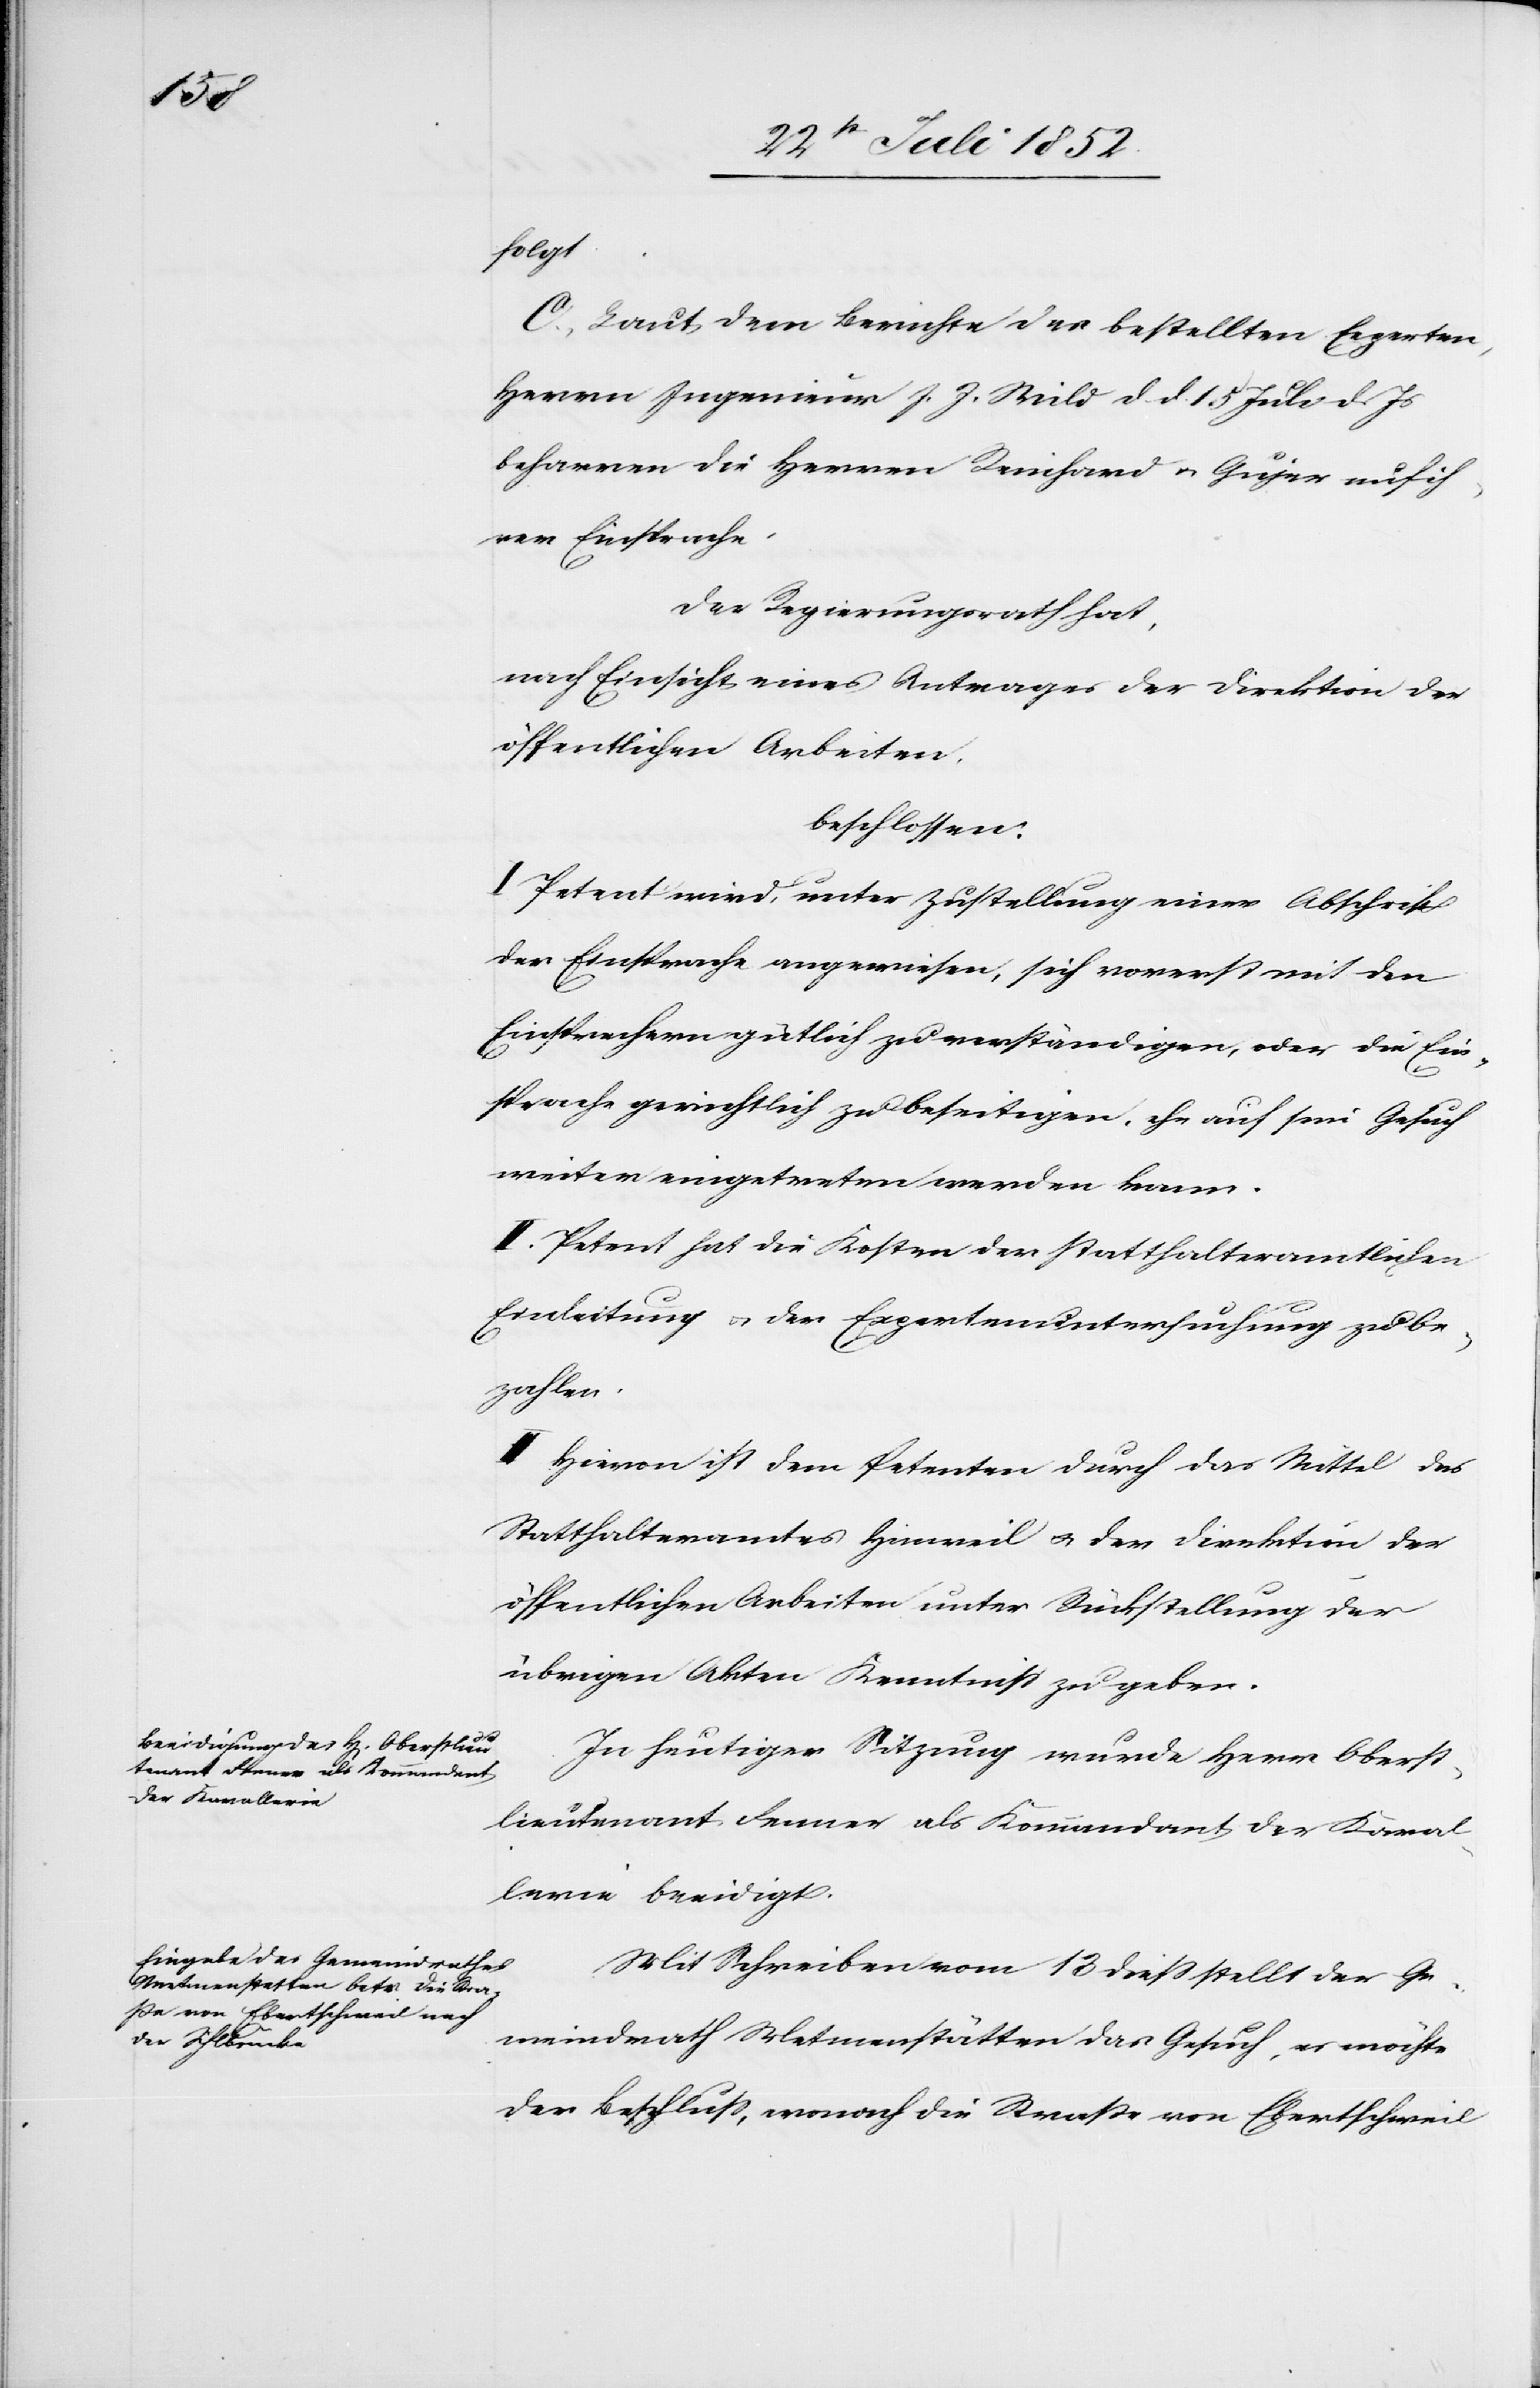
folgt.
C, Laut dem Berichte des bestellten Experten,
Herrn Ingenieur J. J. Wild d d. 15 Juli d. Js
beharren die Herren Reinhard [sic!] & Gujer auf ih¬
rer Einsprache.
Der Regierungsrath hat,
nach Einsicht eines Antrages der Direktion der
öffentlichen Arbeiten,
beschlossen:
I Petent wird, unter Zustellung einer Abschrift
der Einsprache angewiesen, sich vorerst mit den
Einsprechern gütlich zu verständigen, oder die Ein¬
sprache gerichtlich zu beseitigen, ehe auf sein Gesuch
weiter eingetreten werden kann.
II. Petent hat die Kosten der statthalteramtlichen
Einleitung & der Expertenuntersuchung zu be¬
zahlen.
III Hievon ist dem Petenten durch das Mittel des
Statthalteramtes Hinweil & der Direktion der
öffentlichen Arbeiten unter Rückstellung der
übrigen Akten Kenntniss zu geben.
In heutiger Sitzung wurde Herr Oberst¬
lieutenant Fenner als Kommandant der Kaval¬
lerie beeidigt.
Mit Schreiben vom 13 diess stellt der Ge¬
meindrath Metmenstätten das Gesuch, es möchte
der Beschluss, wonach die Straße von Ebertschweil